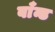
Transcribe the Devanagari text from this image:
बाँन्ड